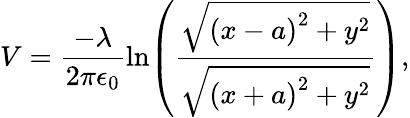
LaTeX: V=\frac{-\lambda}{2\pi\epsilon_{0}}\ln\! \left(\frac{\sqrt{\left(x-a\right)^{2}+y^{2}}}{\sqrt{\left(x+a\right)^{2}+y^{2}}}\right),